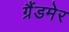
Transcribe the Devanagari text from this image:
ग्रैंडमेर